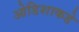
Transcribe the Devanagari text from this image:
ओडिशाकडे